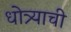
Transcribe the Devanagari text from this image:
धोत्र्याची